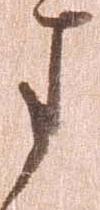
ま